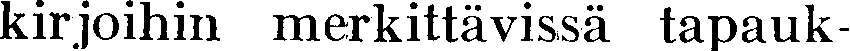
kirjoihin merkittävissä tapauk-